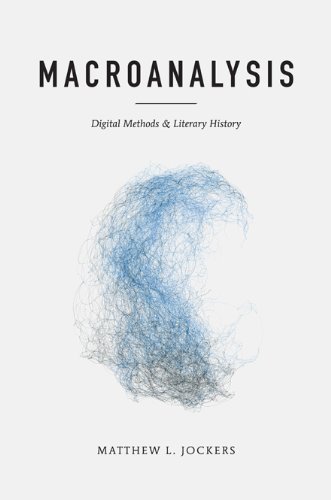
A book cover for Macroanalysis: Digital Methods and Literary History (Topics in the Digital Humanities); Matthew L. Jockers; Computers & Technology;